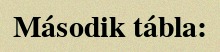
Második tábla: